Vaccination United Provinces of Agra and Oudh 1923-1928 - 1923-1928
Year: 1923
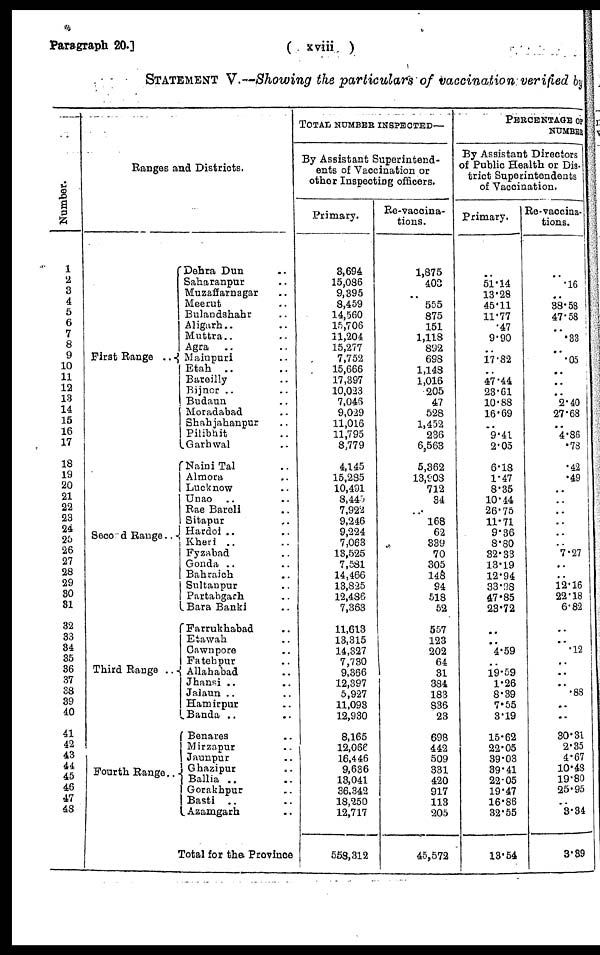
Paragraph 20.]
( xviii )
STATEMENT V.—Showing the particulars of vaccination verified by
Number.
1
2
3
4
5
6
7
8
9
10
11
12
13
14
15
16
17
18
19
20
21
22
23
24
25
26
27
28
29
30
31
32
33
34
35
36
37
38
39
40
41
42
43
44
45
46
47
48
Ranges and Districts.
First Range ..
Second Range..
Third Range ..
Fourth Range..
Dehra Dun ..
Saharanpur ..
Muzaffarnagar ..
Meerut ..
Bulandshahr ..
Aligarh.. ..
Muttra.. ..
Agra .. ..
Mainpuri ..
Etah .. ..
Bareilly ..
Bijnor .. ..
Budaun ..
Moradabad ..
Shahjahanpur ..
Pilibhit ..
Garhwal ..
Naini Tal ..
Almora ..
Lucknow ..
Unao .. ..
Rae Bareli ..
Sitapur ..
Hardoi .. ..
Kheri .. ..
Fyzabad ..
Gonda .. ..
Bahraich ..
Sultaupur ..
Partabgarh ..
Bara Banki ..
Farrukhabad ..
Etawah ..
Cawnpore ..
Fatehpur ..
Allahabad ..
Jhansi .. ..
Ja1aun .. ..
Hamirpur ..
Banda .. ..
Benares ..
Mirzapur ..
Jaunpur ..
Ghazipur ..
Ballia .. ..
Gorakhpur ..
Basti .. ..
Azamgarh ..
Total for the Province
TOTAL NUMBER INSPECTED—
By Assistant Superintend-
ents of Vaccination or
other Inspecting officers.
Primary.
3,694
15,086
9,395
8,459
14,560
15,706
11,204
15,277
7,752
15,666
17,397
10,023
7,046
9,029
11,016
11,795
8,779
4,145
15,285
10,491
8,445
7,922
9,246
9,224
7,063
13,525
7,581
14,466
13,825
12,486
7,363
11,613
13,315
14,327
7,730
9,366
12,397
5,927
11,093
12,930
8,165
12,066
16,446
9,636
18,041
36,342
18,250
12,717
558,312
Re-vaccina-
tions.
1,875
403
..
555
875
151
1,118
892
698
1,148
1,016
205
47
528
1,452
236
6,563
5,362
13,908
712
34
..
168
62
339
70
305
148
94
518
52
557
123
202
64
31
384
183
836
23
698
442
509
331
420
917
113
205
45,572
PERCENTAGE OF
NUMBER
By Assistant Directors
of Public Health or Dis-
trict Superintendents
of Vaccination.
Primary.
..
51.14
13.28
45.11
11.77
.47
9.90
..
17.82
..
47.44
23.61
10.88
16.69
..
9.41
2.05
6.18
1.47
8.35
10.44
26.75
11.71
9.36
8.80
32.33
13.19
12.94
33.98
47.85
23.72
..
..
4.59
..
19.59
1.26
8.39
7.55
3.19
15.62
22.05
39.03
39.41
22.05
19.47
16.86
32.55
13.54
Re-vaccina¬
tions.
..
.16
..
38.58
47.58
..
.33
..
.05
..
..
..
2.40
27.68
..
4.86
.78
.42
.49
..
..
..
..
..
..
7.27
..
..
12.16
22.18
6.82
..
..
.12
..
..
..
.88
..
..
30.31
2.35
4.67
10.48
19.80
25.95
..
3.34
3.39